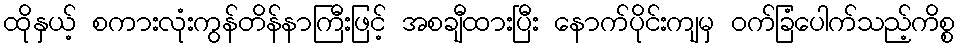
ထိုနှယ့် စကားလုံးကွန်တိန်နာကြီးဖြင့် အစချီထားပြီး နောက်ပိုင်းကျမှ ဝက်ခြံပေါက်သည့်ကိစ္စ